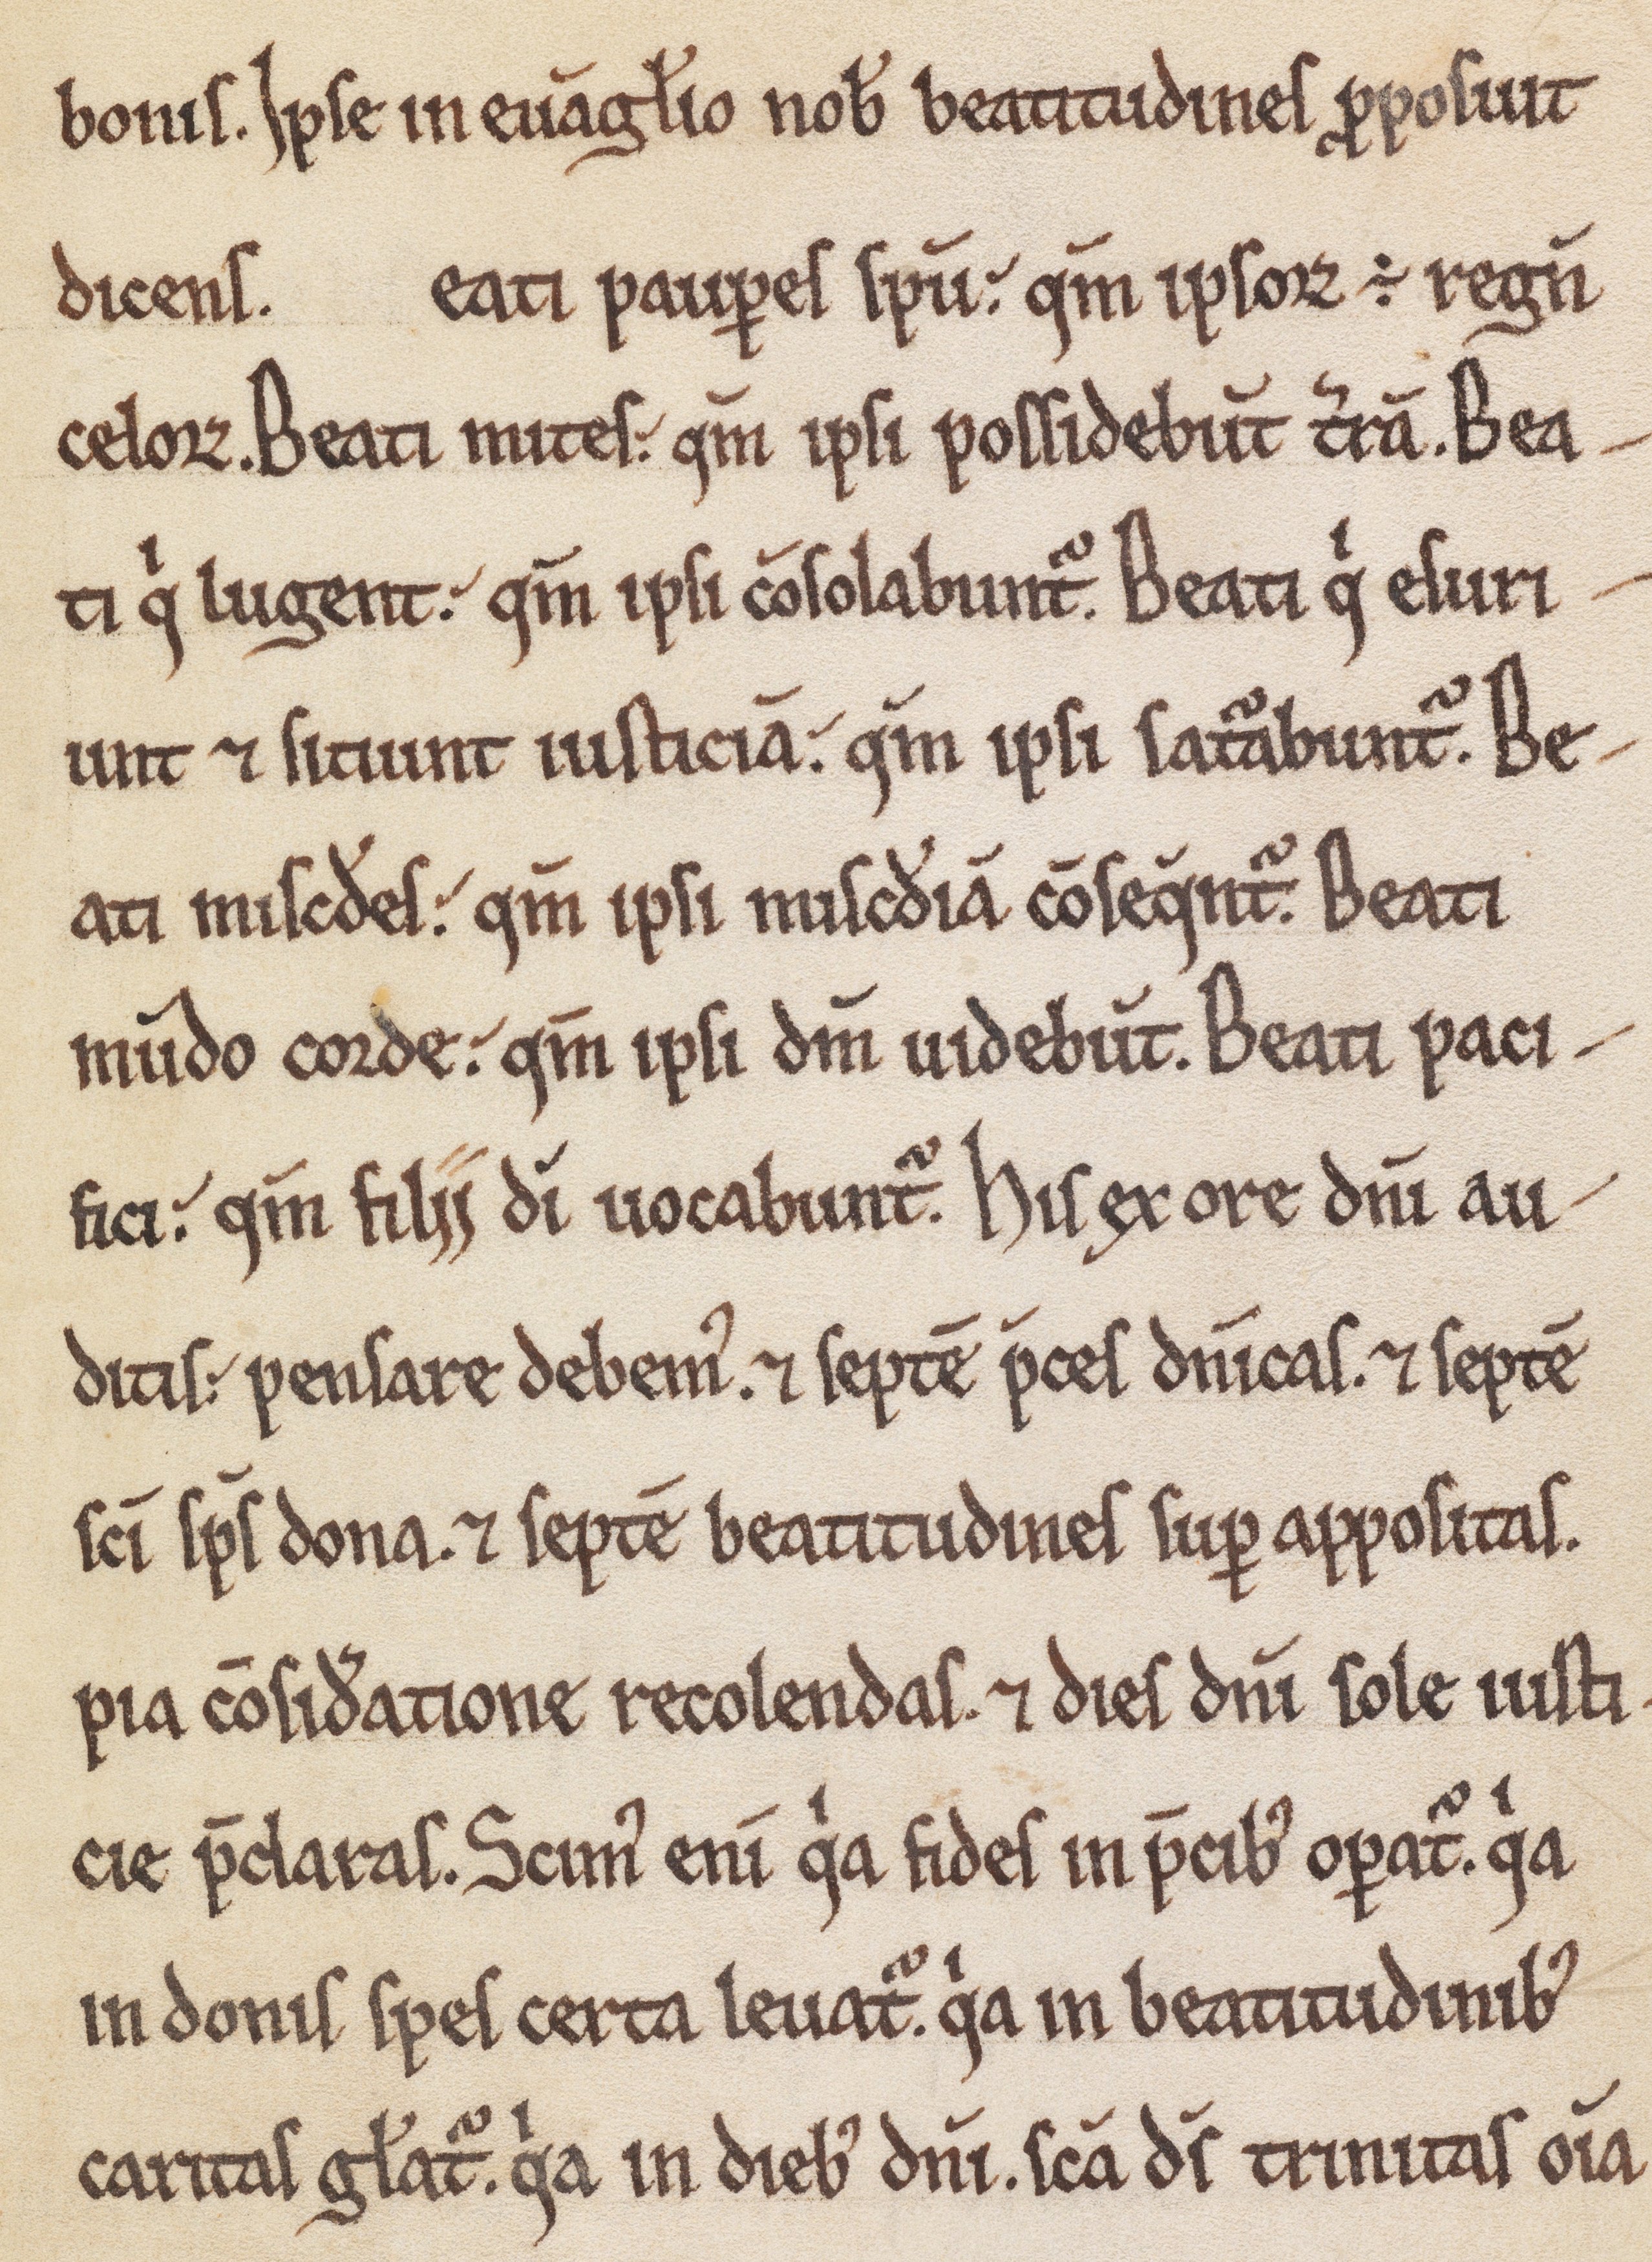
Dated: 1180–1199